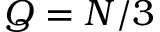
Q = N / 3